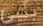
بشئ